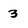
Character: 3